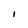
Character: I